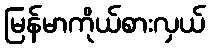
မြန်မာကိုယ်စားလှယ်